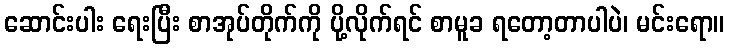
ဆောင်းပါး ရေးပြီး စာအုပ်တိုက်ကို ပို့လိုက်ရင် စာမူခ ရတော့တာပါပဲ၊ မင်းရော။